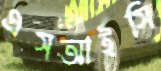
এসআইসি